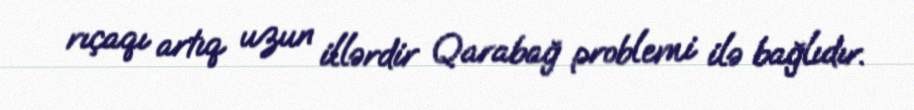
rıçaqı artıq uzun illərdir Qarabağ problemi ilə bağlıdır.